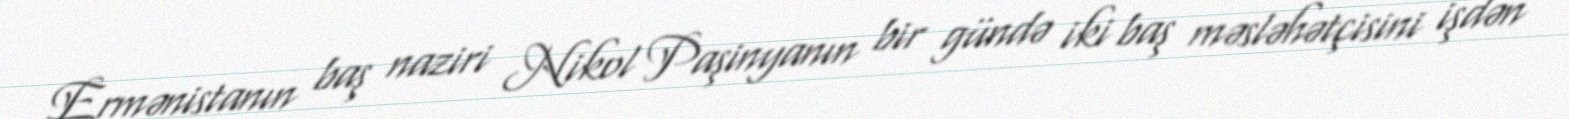
Ermənistanın baş naziri Nikol Paşinyanın bir gündə iki baş məsləhətçisini işdən